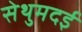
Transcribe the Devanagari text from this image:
सेथुमदई